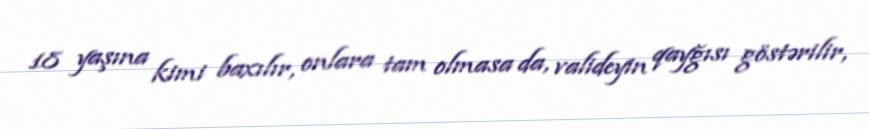
18 yaşına kimi baxılır, onlara tam olmasa da, valideyin qayğısı göstərilir,